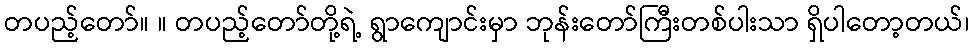
တပည့်တော်။ ။ တပည့်တော်တို့ရဲ့ ရွာကျောင်းမှာ ဘုန်းတော်ကြီးတစ်ပါးသာ ရှိပါတော့တယ်၊